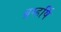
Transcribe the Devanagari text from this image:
ब्रम्हर्षि